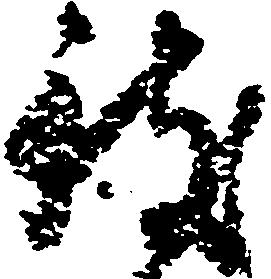
致